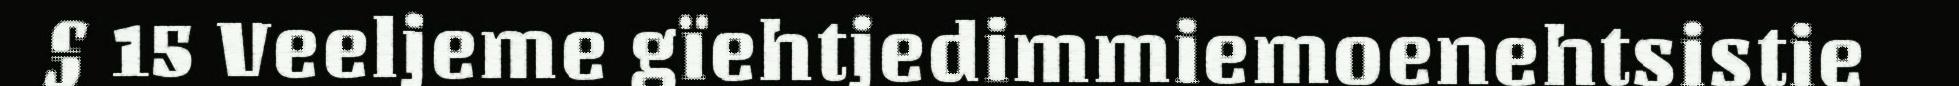
§ 15 Veeljeme gïehtjedimmiemoenehtsistie